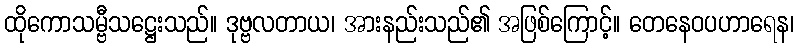
ထိုကောသမ္ဗီသဋ္ဌေးသည်။ ဒုဗ္ဗလတာယ၊ အားနည်းသည်၏ အဖြစ်ကြောင့်။ တေနေဝပဟာရေန၊